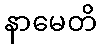
နာမေတိ